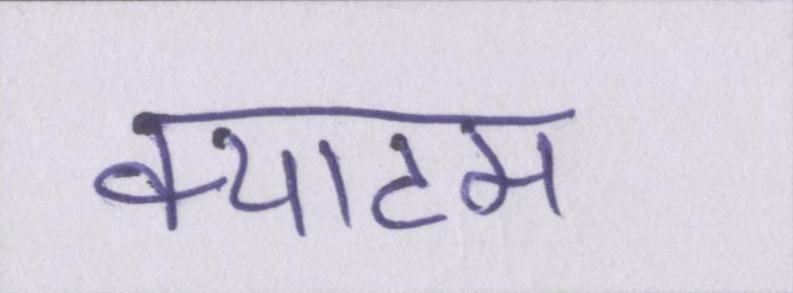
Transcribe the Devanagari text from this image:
क्याटम